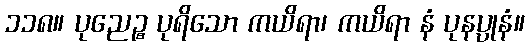
၁၁၈။ ပုညေဉ္စ ပုရိသော ကယိရာ၊ ကယိရာ နံ ပုနပ္ပုနံ။